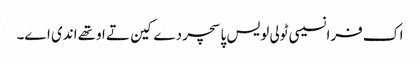
اک فرانسیسی ٹولی لویس پاسچر دے کین تے اوتھے اندی اے۔